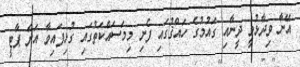
އޭނާ ވިދާޅުވީ ދީނާއި ގައުމުގެ ހައްޤުގައި ފެށި މިމަސައްކަތުގައި ގުޅިފައިވާ އަށް ޕާޓީ